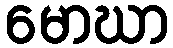
မောဃာ